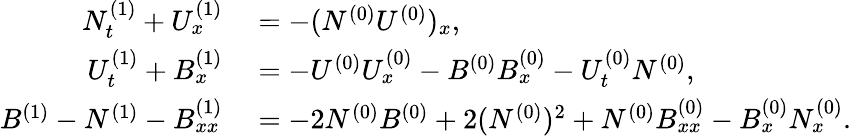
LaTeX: \begin{array}{rl}{N_{t}^{(1)}+U_{x}^{(1)}}&{{}=-(N^{(0)}U^{(0)})_{x},}\\ {U_{t}^{(1)}+B_{x}^{(1)}}&{{}=-U^{(0)}U_{x}^{(0)}-B^{(0)}B_{x}^{(0)}-U_{t}^{(0)}N^{(0)},}\\ {B^{(1)}-N^{(1)}-B_{xx}^{(1)}}&{{}=-2N^{(0)}B^{(0)}+2(N^{(0)})^{2}+N^{(0)}B_{xx}^{(0)}-B_{x}^{(0)}N_{x}^{(0)}.}\end{array}